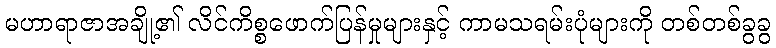
မဟာရာဇာအချို့၏ လိင်ကိစ္စဖောက်ပြန်မှုများနှင့် ကာမသရမ်းပုံများကို တစ်တစ်ခွခွ